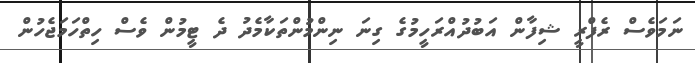
ނަމަވެސް ރެފްރީ ޝިފާން އަބުދުއްރަހީމުގެ ގިނަ ނިންމުންތަކާމެދު ދެ ޓީމުން ވެސް ހިތްހަމަޖެހުން